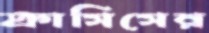
ক্রাসিসের